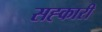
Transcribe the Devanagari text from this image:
सह्कारी